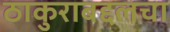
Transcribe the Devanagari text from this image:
ठाकुराबद्दलचा